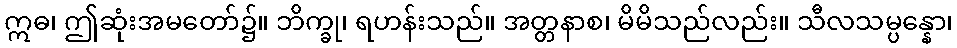
ဣဓ၊ ဤဆုံးအမတော်၌။ ဘိက္ခု၊ ရဟန်းသည်။ အတ္တနာစ၊ မိမိသည်လည်း။ သီလသမ္ပန္နော၊